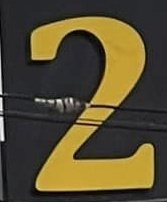
2